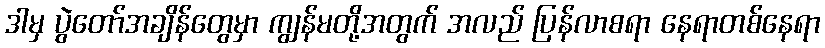
ဒါမှ ပွဲတော်အချိန်တွေမှာ ကျွန်မတို့အတွက် အလည် ပြန်လာစရာ နေရာတစ်နေရာ